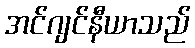
အင်ဂျင်နီယာသည်